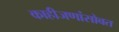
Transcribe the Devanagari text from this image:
काहीजणांसोबत